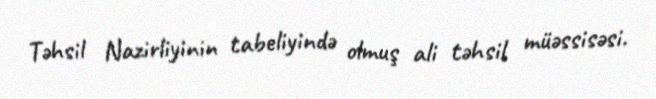
Təhsil Nazirliyinin tabeliyində olmuş ali təhsil müəssisəsi.